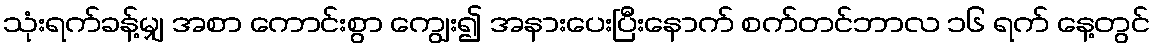
သုံးရက်ခန့်မျှ အစာ ကောင်းစွာ ကျွေး၍ အနားပေးပြီးနောက် စက်တင်ဘာလ ၁၆ ရက် နေ့တွင်